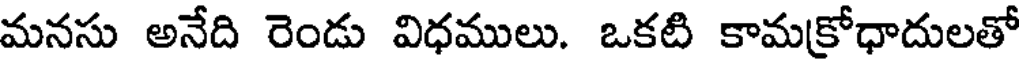
మనసు అనేది రెండు విధములు. ఒకటి కామక్రోధాదులతో